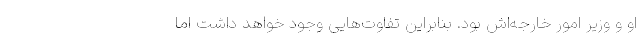
او و وزیر امور خارجه‌اش بود. بنابراین تفاوت‌هایی وجود خواهد داشت اما